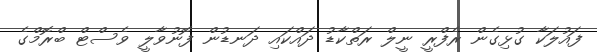
ފައުލަކާ ގުޅިގެން ރެފްރީ ނީލް ރަތްކާޑު ދައްކައި ދަނޑުން ފޮނުވާލީ ވެސްޓް ބްރޮމްގެ